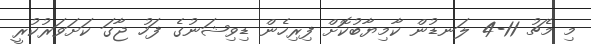
މި މެޗު 11-4 ލަނޑުން ކާމިޔާބުކޮށް ފިރިހެން ޑިވިޝަނުގެ ފަހު ޖާގަ ކަށަވަރުކުރީ